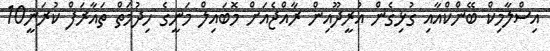
އިސްލާމިކް ބޭންކްއާއި ގުޅިގެން އުރީދޫއިން ރާއްޖެއަށް މޮބައިލް މަނީގެ ހިދުމަތް ތައާރަފް ކުރަނީ10